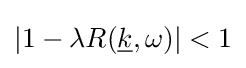
|1-\lambda R({\underline {k}},\omega )|<1